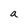
Character: a